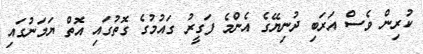
ކުރިން ވެސް އަރަބި ދުނިޔޭގެ އެންމެ ފަގީރު ގައުމުގެ ގޮތުގައި އޮތް ޔަމަނުގައި